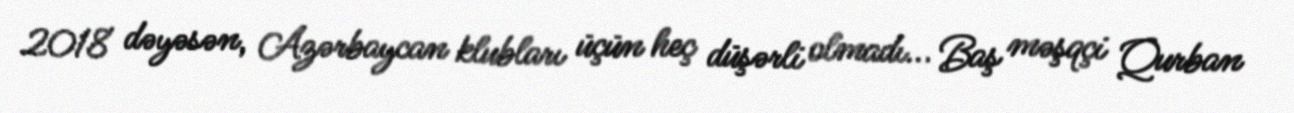
2018 dəyəsən, Azərbaycan klubları üçün heç düşərli olmadı... Baş məşqçi Qurban